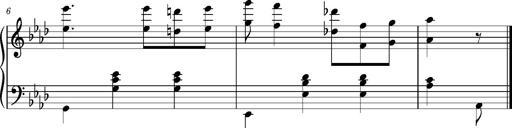
Title: Album-Leaf 'Magdeburg', S.163n
Composer: Franz Liszt
Key: A-flat major